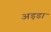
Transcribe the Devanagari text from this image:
अड़डा